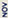
NOV